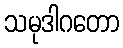
သမုဒါဂတော